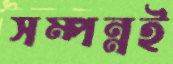
সম্পন্নই